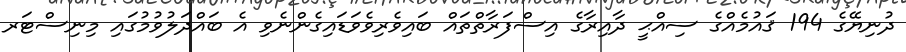
ދުނިޔޭގެ 194 ޤައުމެއްގެ ސިއްޙީ ދާއިރާގެ އިސްފަރާތްތައް ބައިވެރިވެވަޑައިގެންނެވި އެ ބައްދަލުވުމުގައި މިނިސްޓަރ